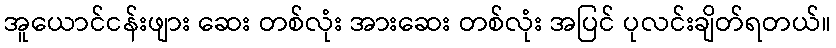
အူယောင်ငန်းဖျား ဆေး တစ်လုံး အားဆေး တစ်လုံး အပြင် ပုလင်းချိတ်ရတယ်။